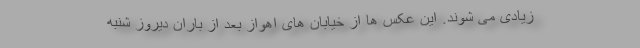
زیادی می شوند. این عکس ها از خیابان های اهواز بعد از باران دیروز شنبه